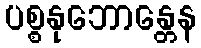
ပစ္စနုဘောန္တေန